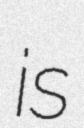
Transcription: is